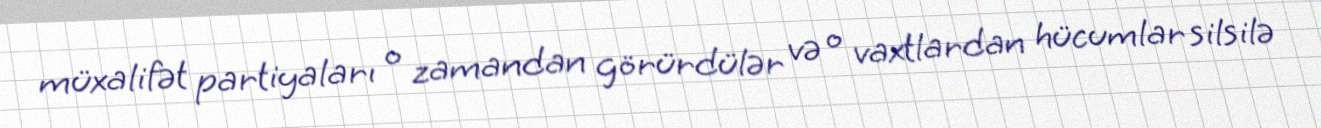
müxalifət partiyaları o zamandan görürdülər və o vaxtlardan hücumlar silsilə